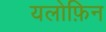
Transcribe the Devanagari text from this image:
यलोफ़िन